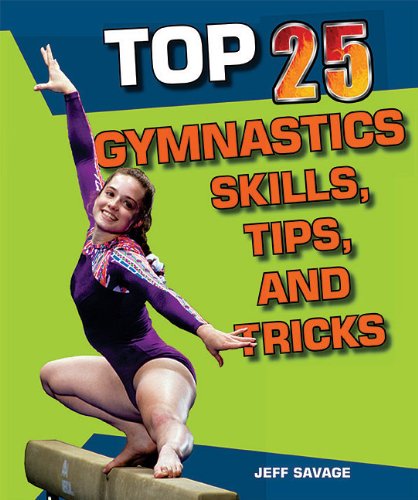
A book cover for Top 25 Gymnastics Skills, Tips, and Tricks (Top 25 Sports Skills, Tips, and Tricks); Jeff Savage; Children's Books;